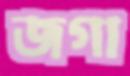
জগা